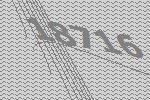
18716